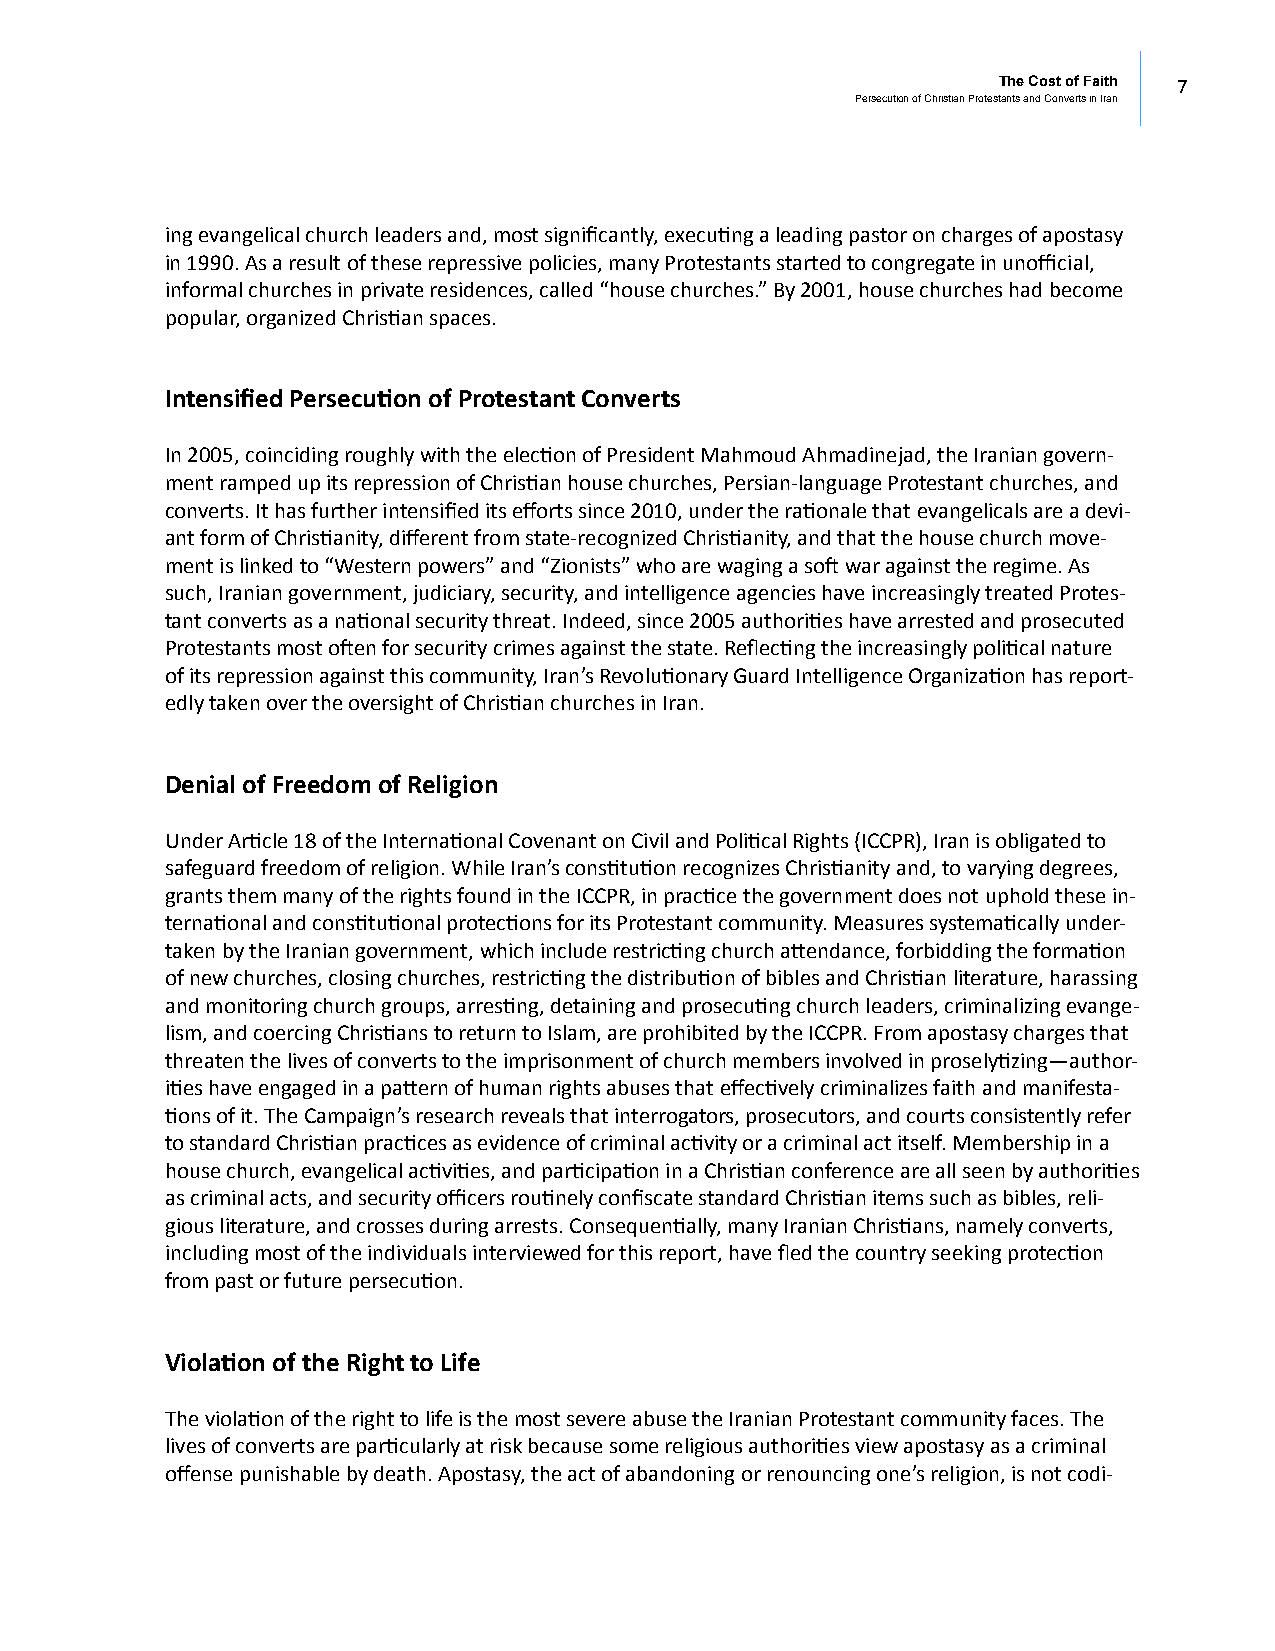
The Cost of Faith 7
 Persecution of Christian Protestants and Converts in Iran
 ing evangelical church leaders and, most significantly, executing a leading pastor on charges of apostasy
 in 1990. As a result of these repressive policies, many Protestants started to congregate in unofficial,
 informal churches in private residences, called “house churches.” By 2001, house churches had become
 popular, organized Christian spaces.
 Intensified Persecution of Protestant Converts
 In 2005, coinciding roughly with the election of President Mahmoud Ahmadinejad, the Iranian govern-
 ment ramped up its repression of Christian house churches, Persian-language Protestant churches, and
 converts. It has further intensified its efforts since 2010, under the rationale that evangelicals are a devi-
 ant form of Christianity, different from state-recognized Christianity, and that the house church move-
 ment is linked to “Western powers” and “Zionists” who are waging a soft war against the regime. As
 such, Iranian government, judiciary, security, and intelligence agencies have increasingly treated Protes-
 tant converts as a national security threat. Indeed, since 2005 authorities have arrested and prosecuted
 Protestants most often for security crimes against the state. Reflecting the increasingly political nature
 of its repression against this community, Iran’s Revolutionary Guard Intelligence Organization has report-
 edly taken over the oversight of Christian churches in Iran.
 Denial of Freedom of Religion
 Under Article 18 of the International Covenant on Civil and Political Rights (ICCPR), Iran is obligated to
 safeguard freedom of religion. While Iran’s constitution recognizes Christianity and, to varying degrees,
 grants them many of the rights found in the ICCPR, in practice the government does not uphold these in-
 ternational and constitutional protections for its Protestant community. Measures systematically under-
 taken by the Iranian government, which include restricting church attendance, forbidding the formation
 of new churches, closing churches, restricting the distribution of bibles and Christian literature, harassing
 and monitoring church groups, arresting, detaining and prosecuting church leaders, criminalizing evange-
 lism, and coercing Christians to return to Islam, are prohibited by the ICCPR. From apostasy charges that
 threaten the lives of converts to the imprisonment of church members involved in proselytizing—author-
 ities have engaged in a pattern of human rights abuses that effectively criminalizes faith and manifesta-
 tions of it. The Campaign’s research reveals that interrogators, prosecutors, and courts consistently refer
 to standard Christian practices as evidence of criminal activity or a criminal act itself. Membership in a
 house church, evangelical activities, and participation in a Christian conference are all seen by authorities
 as criminal acts, and security officers routinely confiscate standard Christian items such as bibles, reli-
 gious literature, and crosses during arrests. Consequentially, many Iranian Christians, namely converts,
 including most of the individuals interviewed for this report, have fled the country seeking protection
 from past or future persecution.
 Violation of the Right to Life
 The violation of the right to life is the most severe abuse the Iranian Protestant community faces. The
 lives of converts are particularly at risk because some religious authorities view apostasy as a criminal
 offense punishable by death. Apostasy, the act of abandoning or renouncing one’s religion, is not codi-